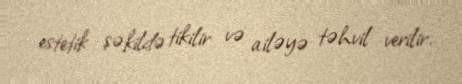
estetik şəkildə tikilir və ailəyə təhvil verilir.